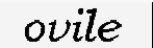
ovile